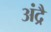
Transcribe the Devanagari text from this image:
अंद्रै